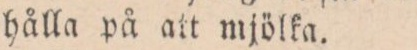
hålla på att mjölka.